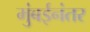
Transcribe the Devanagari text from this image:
मुंबईनंतर